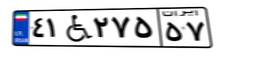
۴۱W۲۷۵۵۷